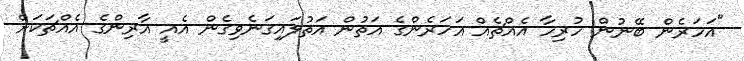
"އަހަރެން ބޭނުން ހުރިހާ އެއްޗެއް އަހަރެންގެ އަތުން އަތުލައިގަނެވިގެން އެއީ އާރިންގެ އެއްޗަކަށް